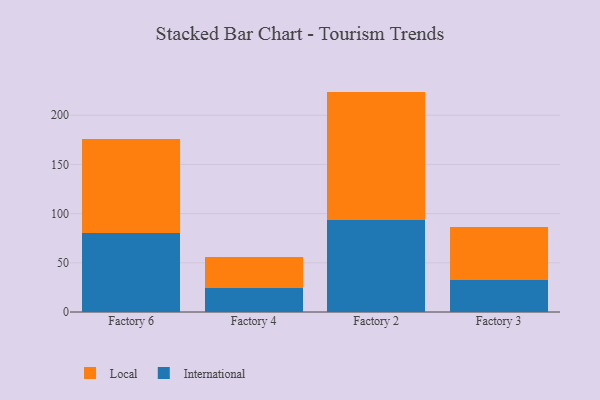
{"axis": {"x": "Factory", "y": "Waste Production (Tons)"}, "legend": ["International", "Local"], "data": [{"x": "Factory 6", "y": 80.2, "type": "International"}, {"x": "Factory 6", "y": 96.1, "type": "Local"}, {"x": "Factory 4", "y": 24.5, "type": "International"}, {"x": "Factory 4", "y": 31.9, "type": "Local"}, {"x": "Factory 2", "y": 93.2, "type": "International"}, {"x": "Factory 2", "y": 130.8, "type": "Local"}, {"x": "Factory 3", "y": 32.7, "type": "International"}, {"x": "Factory 3", "y": 53.8, "type": "Local"}]}